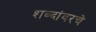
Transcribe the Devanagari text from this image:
शब्दांवरचे